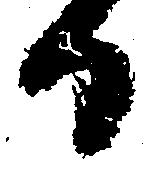
日